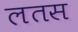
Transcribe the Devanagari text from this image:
लतस